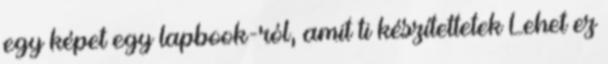
egy képet egy lapbook-ról, amit ti készítettetek Lehet ez